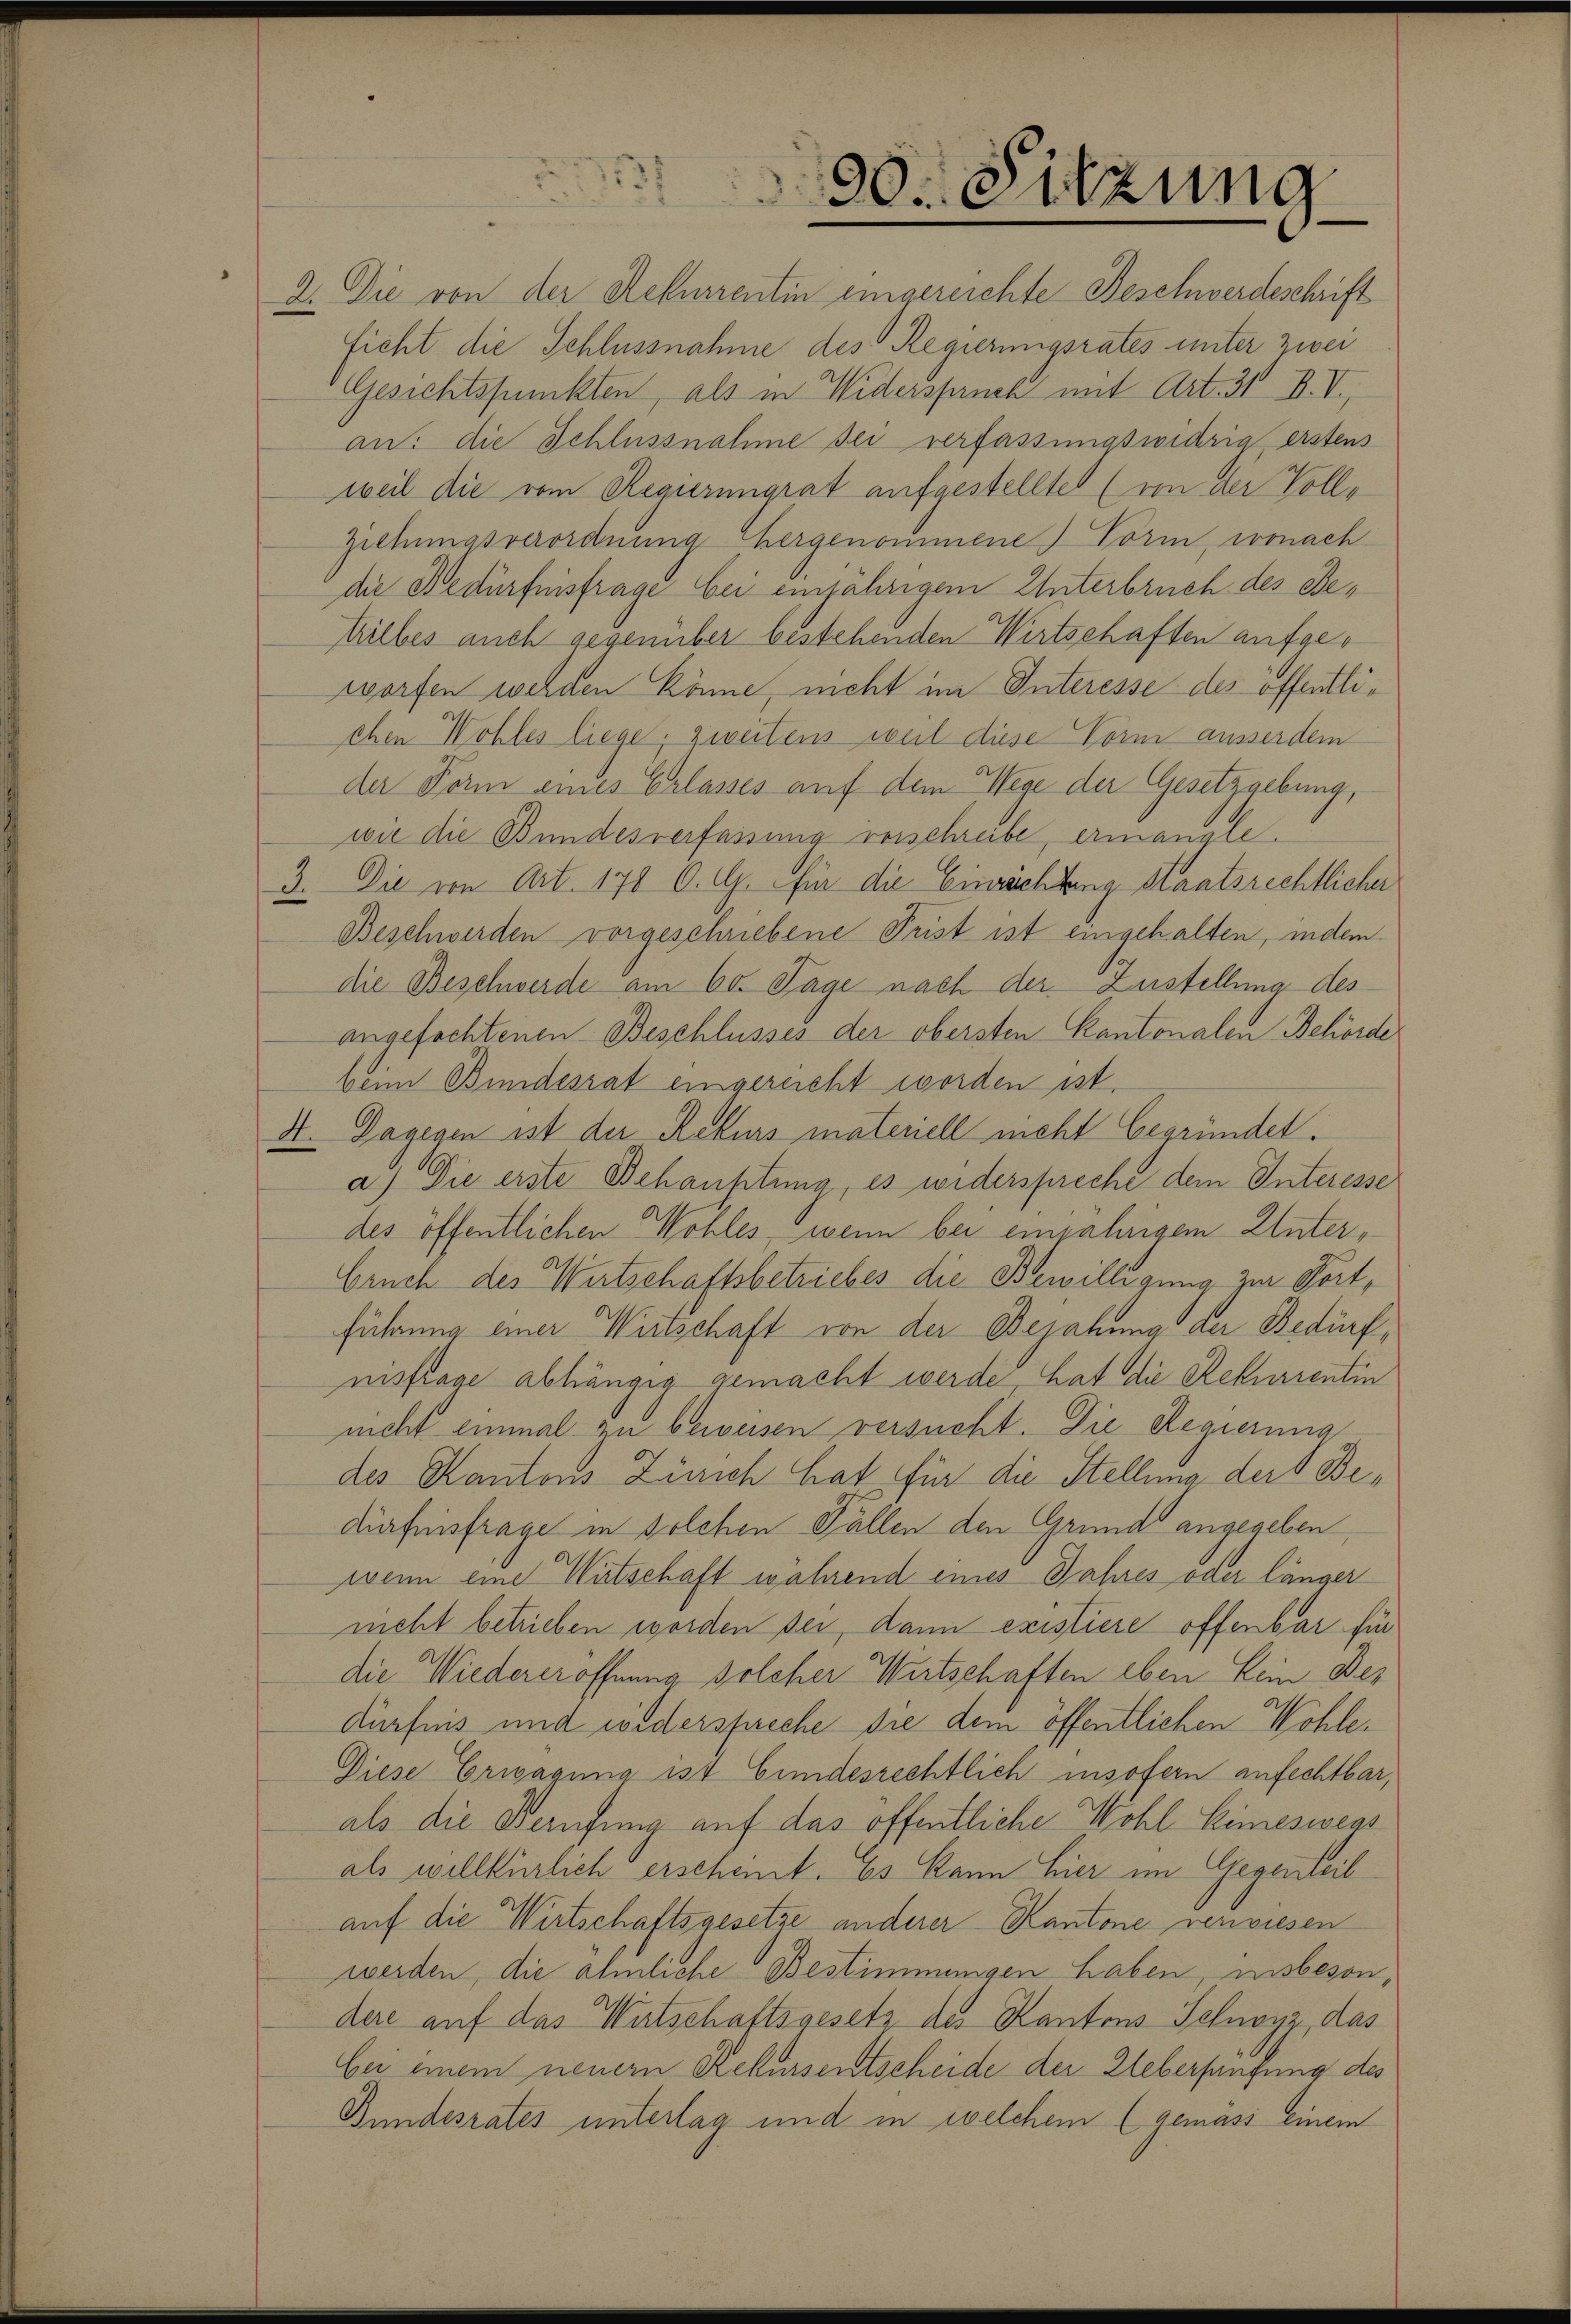
90. Sitzung

2. Die von der Rekurrentin eingereichte Beschwerdeschrift
Ficht die Schlussnahme des Regierungsrates unter zwei
Gesichtspunkten, als in Widerspruch mit Art. 31 B. V.,
an: die Schlussnahme sei verfassungswidrig erstens
weil die vom Regierungrat aufgestelltet (von der Voll¬
Ziehungsverordnung hergenommene Form, wonach
die Bedürfnisfrage bei einjährigem Unterbruch des Betilbes auch gegenüber bestehenden Wirtschaften aufger
worfen werden könne, nicht im Interesse des offentlichen Wohles liege, zweitens weil diese Vorm ausserdem
der Form eines Erlasses auf dem Wege der Gesetzgebung,
wie die Bundesverfassung verschreibe, ermanale.
3. Die von Art. 178 O. G. für die Einrichtung Staatsrechtlicher
Beschwerden vorgeschriebene Prist ist eingehalten, indem
die Beschwerde am 60. Tage nach der Zustellung des
angefochtenen Beschlusses der obersten Kantonalen Behörde
beim Bundesrat eingereicht worden ist.
4. Dagegen ist der Rekurs materiell nicht begründet.
a.) Die erste Behauptung, es widerspreche dem Interesse
des öffentlichen Wohles, wenn bei einjährigem Unter¬
Eruch des Wirtschaftsbetriebes die Bewilligung zur Fortführung einer Wirtschaft von der Bejahung der Bedürfnisfrage abhängig gemacht werde, hat die Rekurrentin
nicht einmal zu beweisen versucht. Die Regierung
des Kantons Zürich hat für die Stellung der Bedürfnisfrage in solchen Fällen den Grund angegeben,
wenn eine Wirtschaft während eines Jahres oder länger
nicht betrieben worden sei, dann existiere offenbar für
die Wiedereröffnung solcher Wirtschaften eben kein Bedürfnis und wiederspreche die dem öffentlichen Wohle¬
Diese Erwägung ist Eindesrechtlich insofern anfechtbar,
als die Berufung auf das öffentliche Wohl Kimeswegs
als willkürlich erscheint. Es kann hier im Gegenteil
auf die Wirtschaftsgesetze anderer Kantone verwiesen
werden, die älmliche Bestimmungen haben, insbesondere auf das Watschaftsgesetz des Kantons Schwyz, das
bei einem neuern Rekursentscheide der Ueberfangung des
Bundesrates unterlag und in welchem (gemäss einem